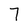
Character: 7